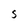
Character: S